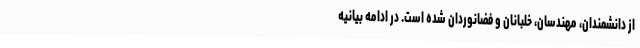
از دانشمندان، مهندسان، خلبانان و فضانوردان شده است. در ادامه بیانیه